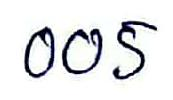
005